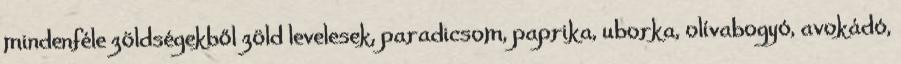
mindenféle zöldségekből zöld levelesek, paradicsom, paprika, uborka, olívabogyó, avokádó,